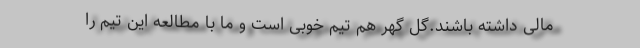
مالی داشته باشند.گل گهر هم تیم خوبی است و ما با مطالعه این تیم را